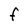
Character: f